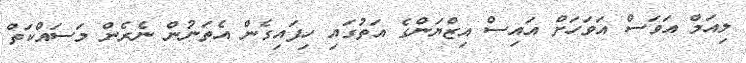
ލިއަމް އަވަސް އަވަހަށް އައިސް އިޒްޔަންގެ އަތުގައި ހިފައިގެން އެތަނުން ނެރެން މަސައްކަތް